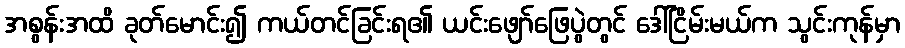
အစွန်းအထိ ခုတ်မောင်း၍ ကယ်တင်ခြင်းရ၏ ယင်းဖျော်ဖြေပွဲတွင် ဒေါ်ငြိမ်းမယ်က သွင်းကုန်မှာ